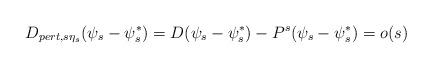
LaTeX: \begin{align*}D_{pert,s\eta_s}(\psi_s-\psi^*_s)=D(\psi_s-\psi^*_s)-P^s(\psi_s-\psi^*_s)=o(s)\end{align*}